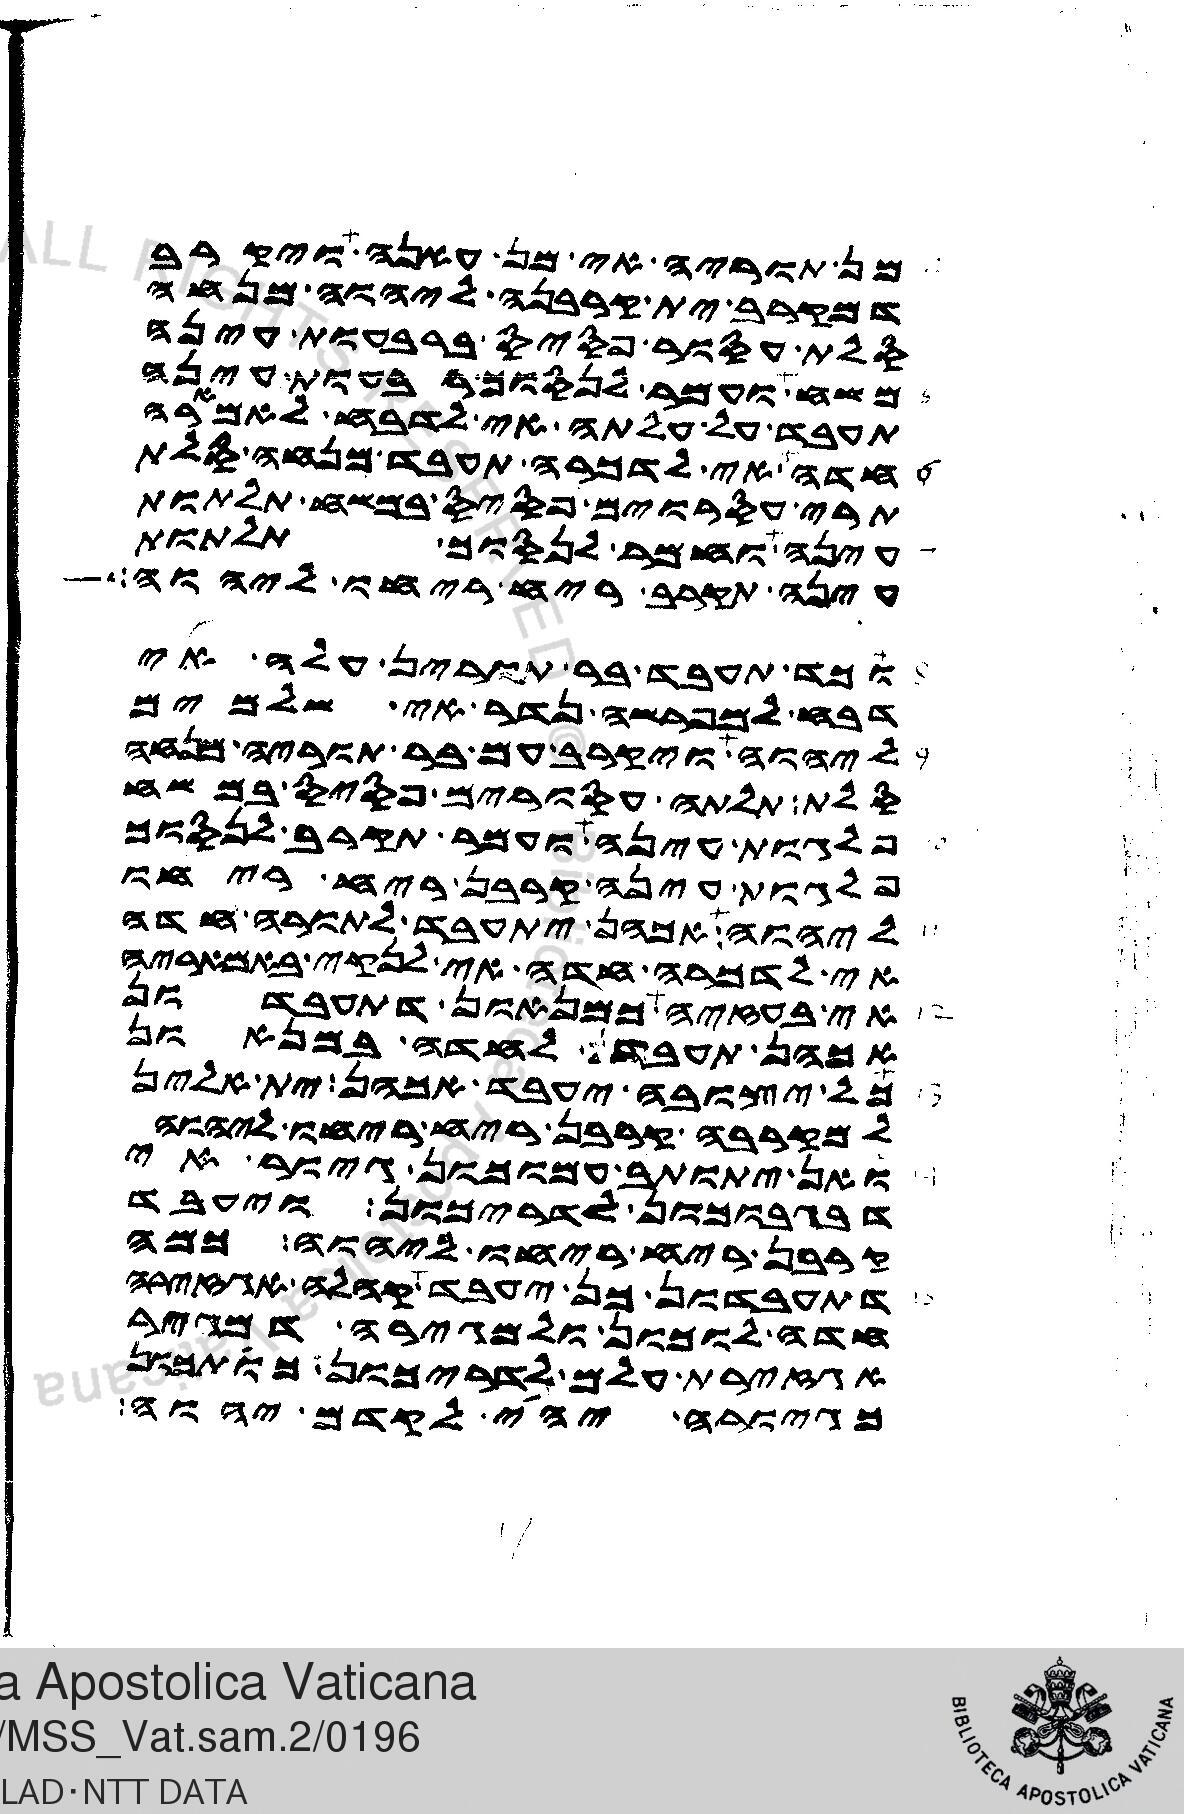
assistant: מן תוריה אי מן עאנה ויקרב
דמקרב ית קרבנה ליהוה מנחה
סלת עסור פסיס ברבעות עינה
משח ועמר לנסוך רבעות עינה
תעבד על עלתה אי לדבח לאמארה
חדה אי לדכרה תעבד מנחה סלת
תרי עסרוורים פסיס במשח תלתות
עינה וחמר לנסוך תלתות
עינה תקרב ריח ריחו ליהוה
וכד תעבד בר תורין עלה אי
דבח למפרשה נדר אי שלמים
ליהוה ויקרב עם בר תוריה מנחה
סלת תלתה עסורים פסיס במשח
פלגות עינה ועמר תקרב לנסוך
פלגות עינה קרבן ריח ריחו
ליהוה אכהן יתעבד לתורה חדה
אי לדכרה חדה אי לנקי באמאריה
אי בעזיה כמניאנון דתעבדון
אכהן תעבדון לחדה במניאנון
כל יצובה יעבד אכהן ית אלין
למקרבה קרבן ריח ריחו ליהוה
ואן יתותב עמוכון גיור אי
דבגבוכון לדריכון ויעבד
קרבן ריח ריחו ליהוה כמה
דתעבדון כן יעבד אה קהלה אגזירה
חדה לוכון ולגיורה דמגיר
אגזירת עלם לדריכון כותכון
כגיורה יהי לקדם יהוה